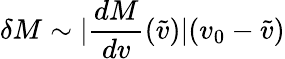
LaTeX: \delta M\sim|\frac{dM}{dv}(\tilde{v})|(v_{0}-\tilde{v})